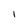
Character: 1